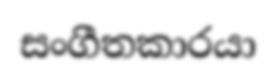
සංගීතකාරයා